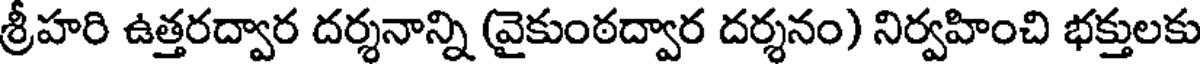
శ్రీహరి ఉత్తరద్వార దర్శనాన్ని (వైకుంఠద్వార దర్శనం) నిర్వహించి భక్తులకు